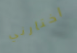
اختارني